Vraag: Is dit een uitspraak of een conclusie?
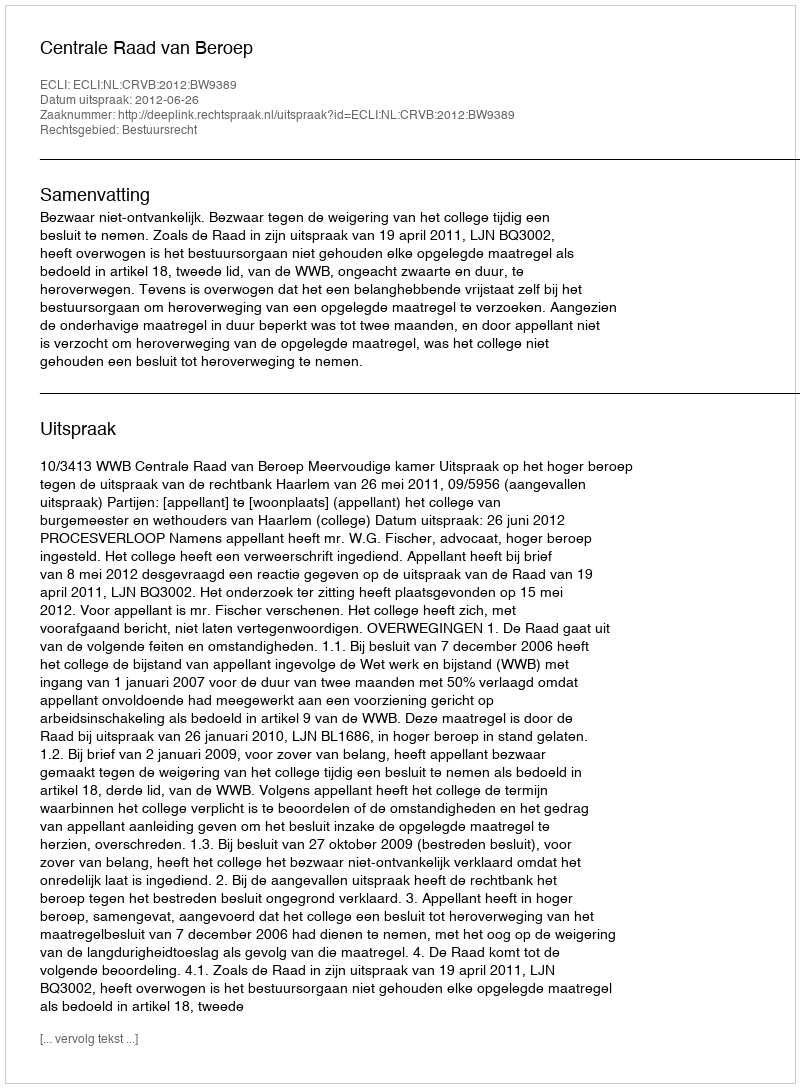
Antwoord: Uitspraak